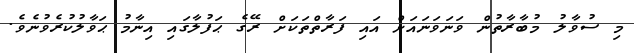
މި ސުވާލު މުބާރާތުން ވަނަވަނައަށް އައި ފަރާތްތަކަށް ރޭގެ ޙަފުލާގައި އިނާމު ޙަވާލުކުރެވުނެވެ.